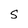
Character: S